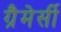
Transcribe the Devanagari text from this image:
ग्रैमेर्सी